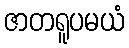
ဇာတရူပမယံ